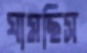
ঘামছিস